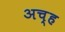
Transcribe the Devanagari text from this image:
अच्ह